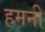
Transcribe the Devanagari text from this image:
हमनी